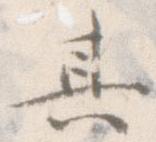
其